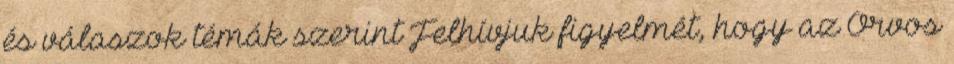
és válaszok témák szerint Felhívjuk figyelmét, hogy az Orvos